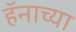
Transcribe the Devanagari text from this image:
हॅनाच्या